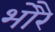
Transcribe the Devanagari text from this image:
भोरै